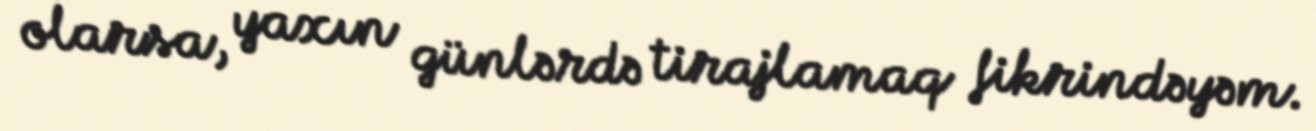
olarsa, yaxın günlərdə tirajlamaq fikrindəyəm.